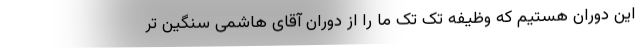
این دوران هستیم که وظیفه تک تک ما را از دوران آقای هاشمی سنگین تر